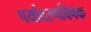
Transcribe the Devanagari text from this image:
पर्यावरणविषक